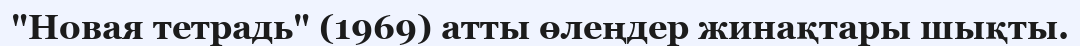
"Новая тетрадь" (1969) атты өлеңдер жинақтары шықты.